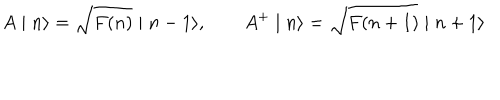
A \mid n \rangle = \sqrt { F ( n ) } \mid n - 1 \rangle , \qquad A ^ { + } \mid n \rangle = \sqrt { F ( n + 1 ) } \mid n + 1 \rangle